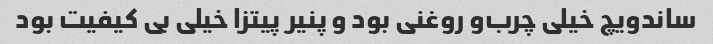
ساندویچ خیلی چرب‌و روغنی بود و پنیر پیتزا خیلی بی کیفیت بود